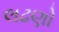
લઢણો